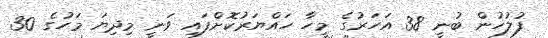
ފުލުހުން ބުނީ 38 އަހަރުގެ މީހާ ހައްޔަރުކޮށްފައި ވަނީ މިދިޔަ މަހުގެ 30